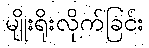
မျိုးရိုးလိုက်ခြင်း